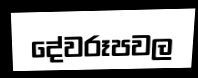
දේවරූපවල